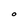
Character: O